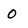
Character: 0